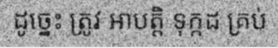
ដូច្នេះ ត្រូវ អាបត្តិ ទុក្កដ គ្រប់